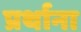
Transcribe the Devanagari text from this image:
प्रर्थाना